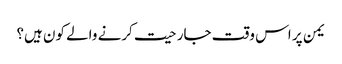
یمن پر اس وقت جارحیت کرنے والے کون ہیں؟